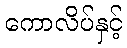
ကောလိပ်နှင့်